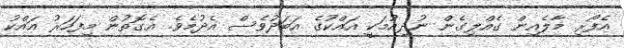
އެފޯރި މާލެއިން ގެއްލިގެން ނުދިއުމަކީ އައްކުގެ އަބަދުވެސް އެދުމެވެ. އެގޮތުން މިފަހަރު އައްކު